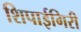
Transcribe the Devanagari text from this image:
शिपाईगिरी